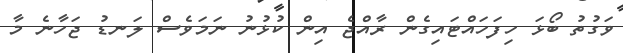
ވަގުތު ބޯޅަ ހިފަހައްޓައިގެން ރާއްޖެ އިން ކުޅުނު ނަމަވެސް ލަނޑު ޖަހާނެ މާ